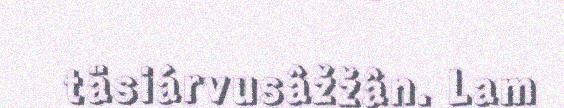
täsiárvusâžžân. Lam